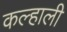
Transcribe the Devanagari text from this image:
कल्हाली